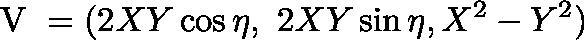
{ \mathrm { \boldmath ~ V ~ } } = ( 2 X Y \cos \eta , \ 2 X Y \sin \eta , X ^ { 2 } - Y ^ { 2 } )